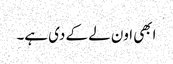
ابھی اون لے کے دی ہے۔